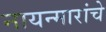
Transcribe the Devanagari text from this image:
नायन्मारांचे